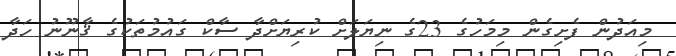
މިއަދުން ފެށިގެން މިމަހުގެ 23ގެ ނިޔަލަށް ކުރިޔަށްދާ ސާކް ގައުމުތަކުގެ ޤާނޫނު ހަދާ